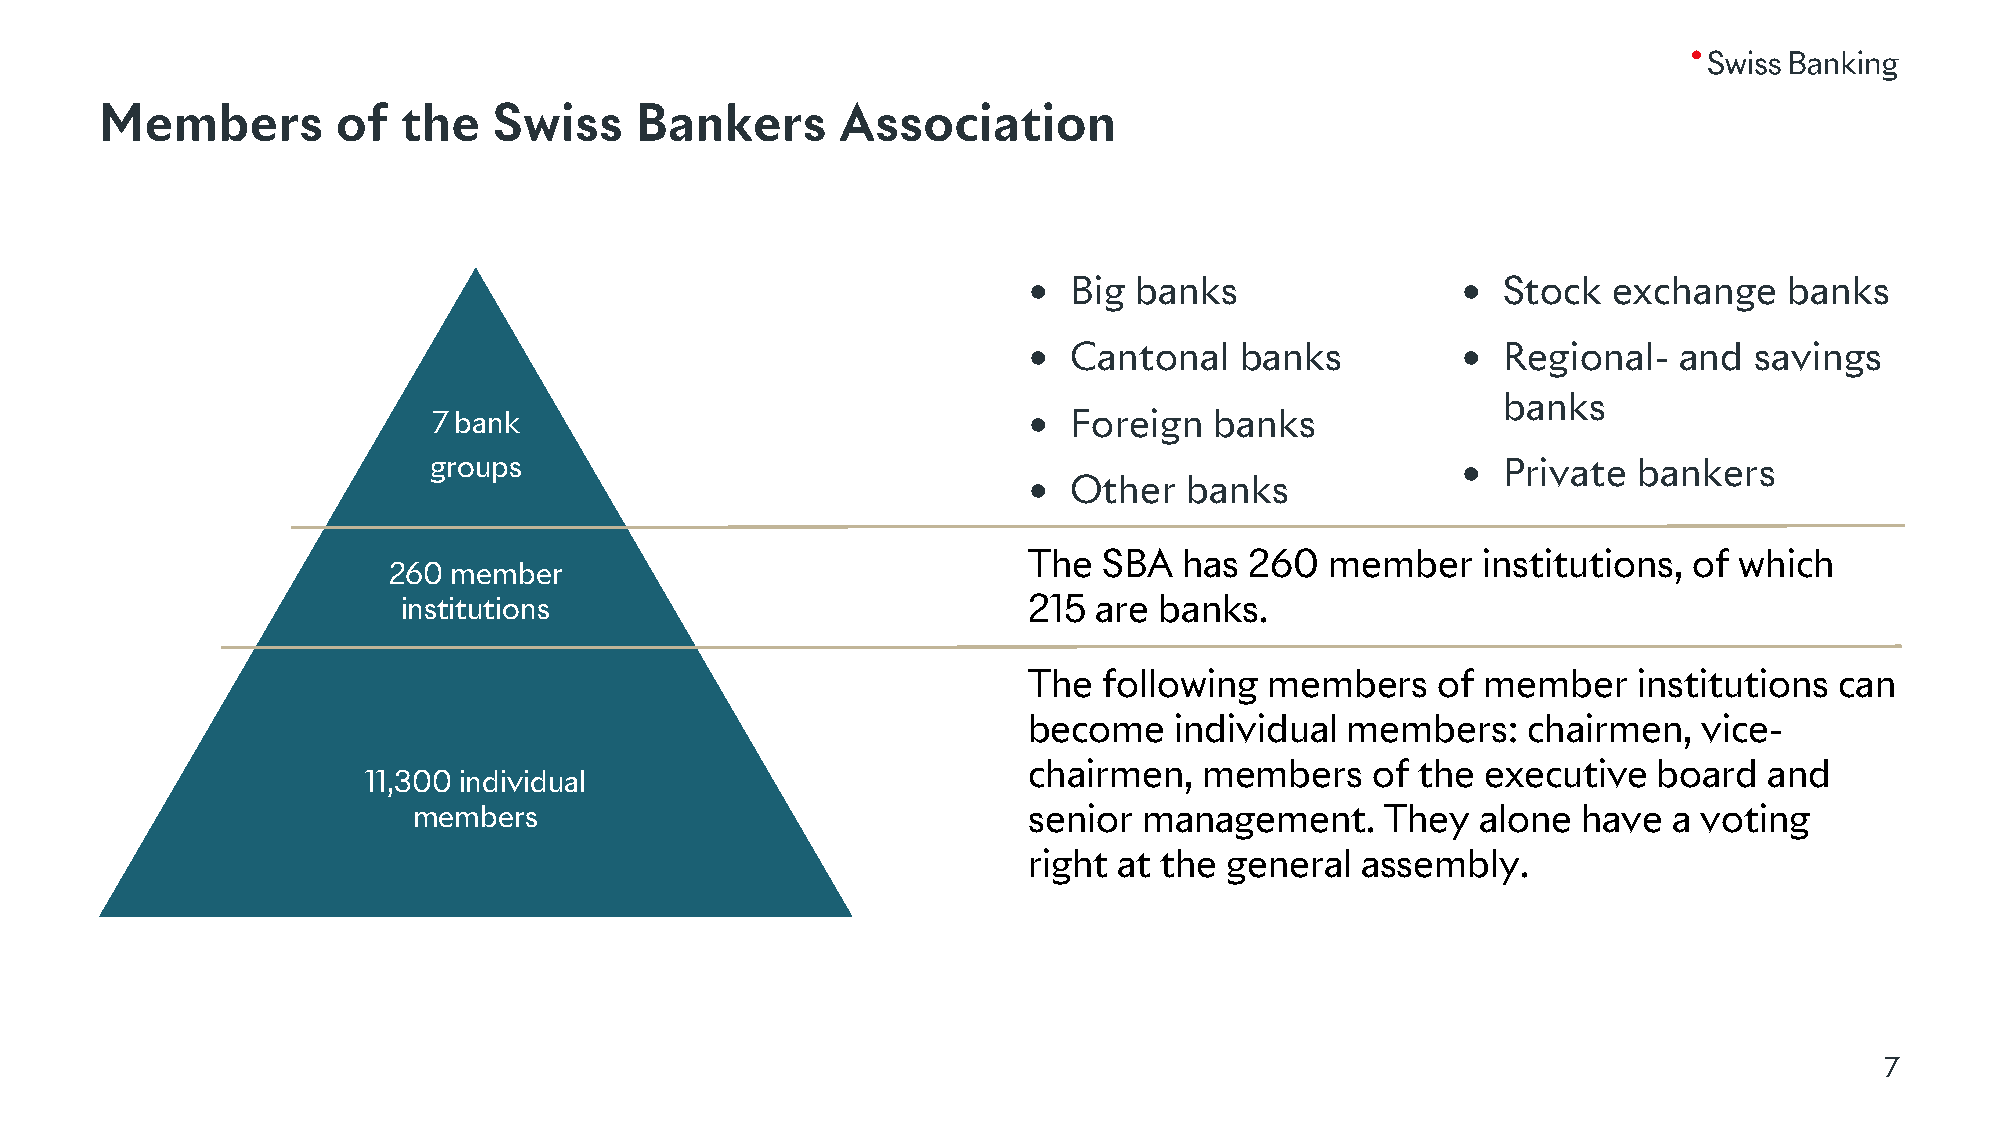
Members        of   the   Swiss    Bankers       Association
 •  Big banks                 • Stock   exchange   banks
 •  Cantonal   banks          • Regional-   and  savings
 banks
 7 bank                                 •  Foreign  banks
 groups                                                               • Private  bankers
 •  Other  banks
 The  SBA  has  260  member    institutions, of which
 260 member
 institutions                             215  are banks.
 The  following  members    of member    institutions  can
 become    individual members:    chairmen,   vice-
 chairmen,   members    of the executive   board  and
 11,300 individual
 members                                  senior  management.     They  alone  have  a voting
 right at the general  assembly.
 7